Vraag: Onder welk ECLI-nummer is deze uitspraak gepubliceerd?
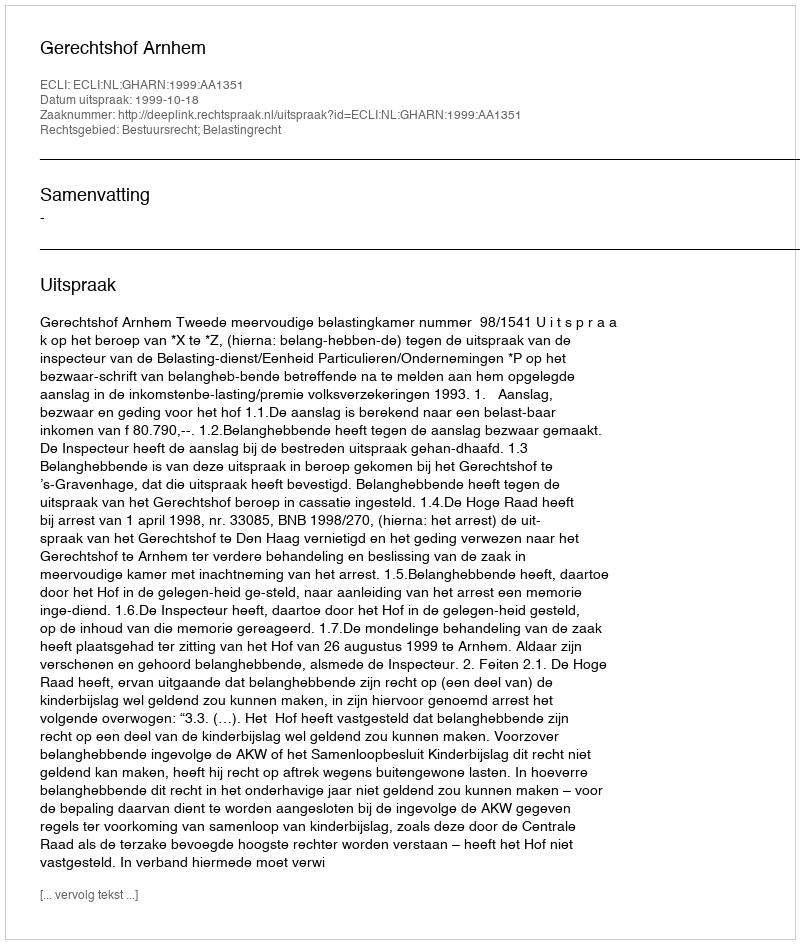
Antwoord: ECLI:NL:GHARN:1999:AA1351